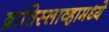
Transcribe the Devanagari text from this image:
ब्रातिस्लाव्हामध्ये